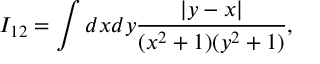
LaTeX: I _ { 1 2 } = \int d x d y \frac { | y - x | } { ( x ^ { 2 } + 1 ) ( y ^ { 2 } + 1 ) } ,